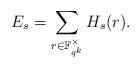
LaTeX: \begin{align*} E_s & = \sum_{r \in \mathbb{F}_{q^k}^\times} H_s(r).\end{align*}